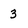
Character: 3